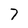
Character: 7